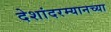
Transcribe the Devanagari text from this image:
देशांदरम्यानच्या